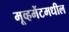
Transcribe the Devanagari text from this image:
मूव्हमेंटमधील